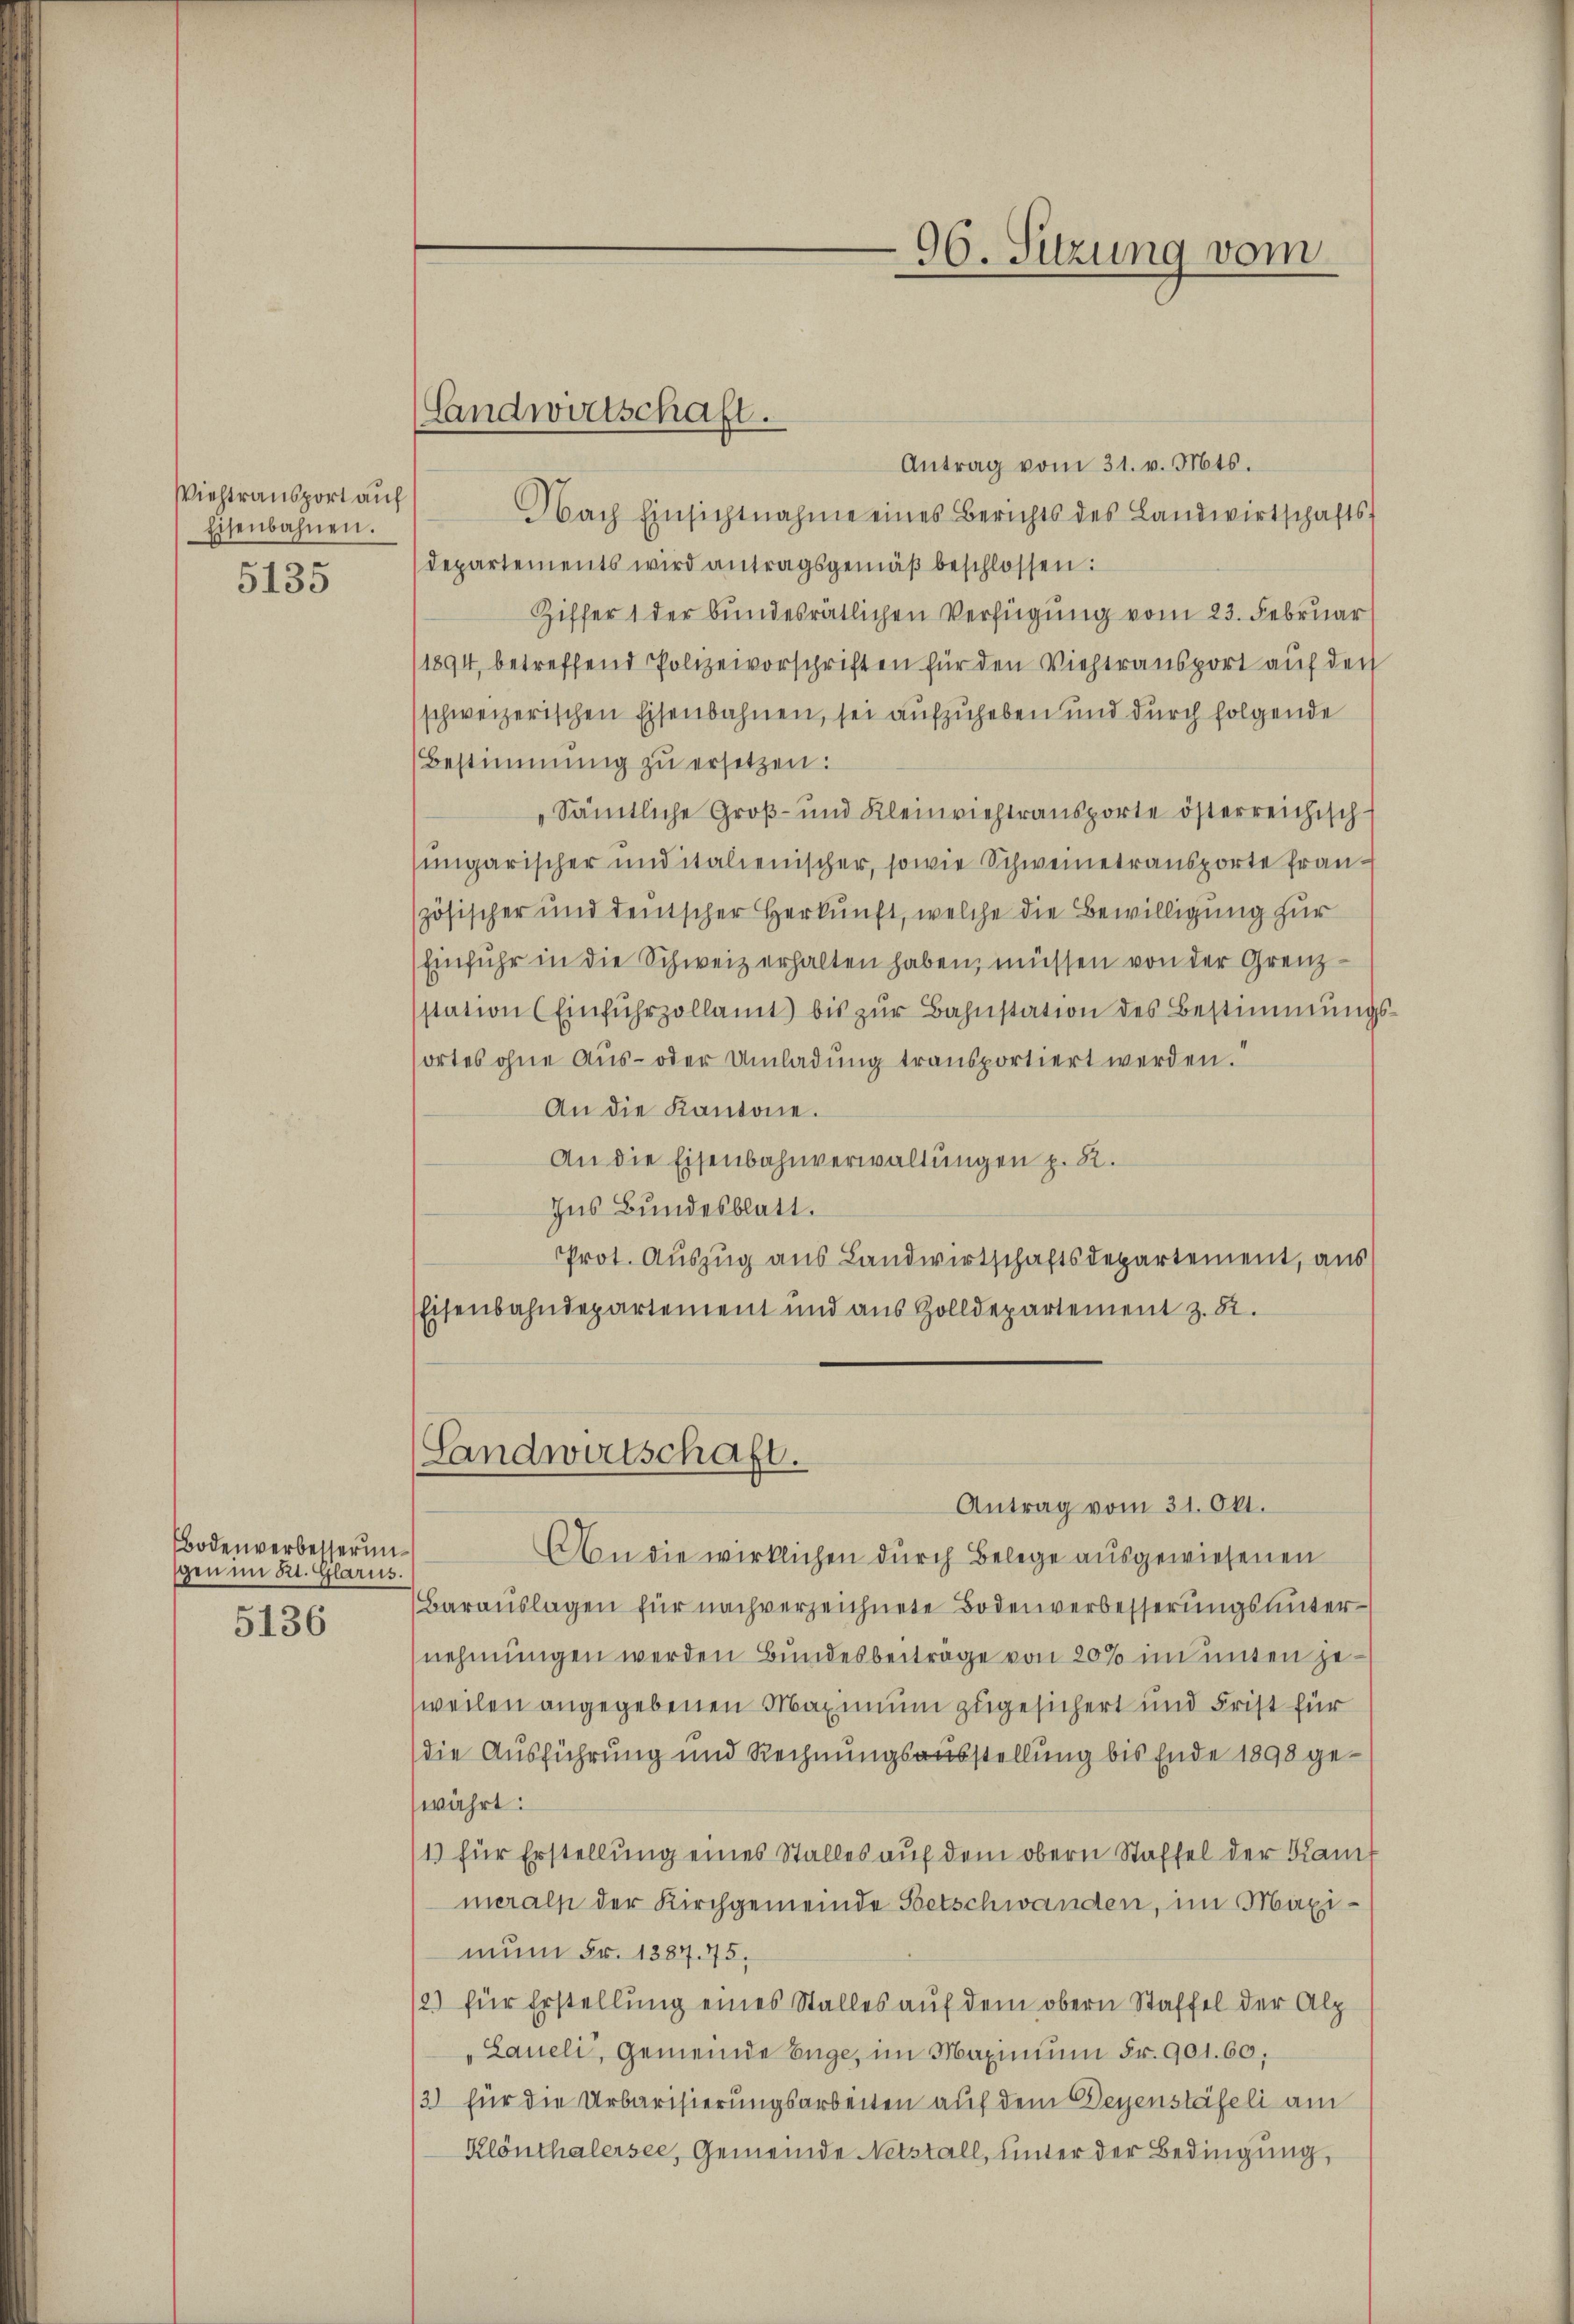
Viehtransport auf
Eisenbahnen.
5135

Bodenverbesserungen im St. Glarus.
5136

Antrag vom 31. v. Mts.
Nach Einsichtnahme eines Berichts des Landwirtschafts-
departements wird antragsgemäβ beschlossen:
Ziffer 1 der bundesrätlichen Verfügung vom 23. Februar
1894, betreffend Polizeivorschriften für den Viehtransport auf den
schweizerischen Eisenbahnen, sei aufzuheben und durch folgende
Bestimmung zŭ ersetzen:
Sämtliche Groß- und Kleinviehtransporte österreichisch-
ungarischer und italienischer, sowie Schweinetransporte französischer und deutscher Herkunft, welche die Bewilligung zur
Einfuhr in die Schweiz erhalten haben, müssen von der Grenzstation (Einfuhrzollamt bis zŭr Bahnstation des Bestimmungs-
ortes ohne Aus- oder Umladung transportiert werden.“
An die Kantone.
An die Eisenbahnverwaltungen p. 2.
Ins Bundesblatt.
Prot. Auszug aus Landwirtschaftsdepartement, aus
Eisenbahndepartement und aus Zolldepartement z. 51.

Landwirtschaft.

Landwirtschaft.

96. Sitzung vom

Antrag vom 31. Okt.
An die wirklichen durch Belege ausgewiesenen
Barauslagen für nach verzeichnete Bodenverbesserungsunternehmungen werden Bundesbeiträge von 20% im unten jeweilen angegebenen Maximum zugesichert und Frist für
die Ausführung und Rechnungsausstellung bis Ende 1898 gewährt:
1.) für Erstellung eines Stalles auf dem obern Staffel der Kam
merals der Kirchgemeinde Betschwanden, im Magimun Fr. 1887. 75.
2) für Erstellung eines Stalles auf dem obern Staffel der Alp
"Laueli, Gemeinde Enge, im Maximum Fr. 901. 60,
/3) für die Urbarisierungsarbeiten auf dem Degenstäfeli am
Klönthalersee, Gemeinde Netstall, unter der Bedingung,